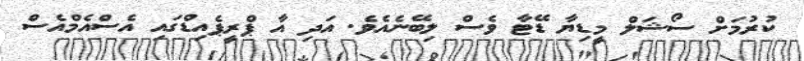
ކުރުމަށް ސޯޝަލް މީޑިޔާ ޑޭޓާ ވެސް ލިބޭނެއެވެ. އަދި އާ ޕްރީޕެއިޑްގައި އެސްއެމްއެސް